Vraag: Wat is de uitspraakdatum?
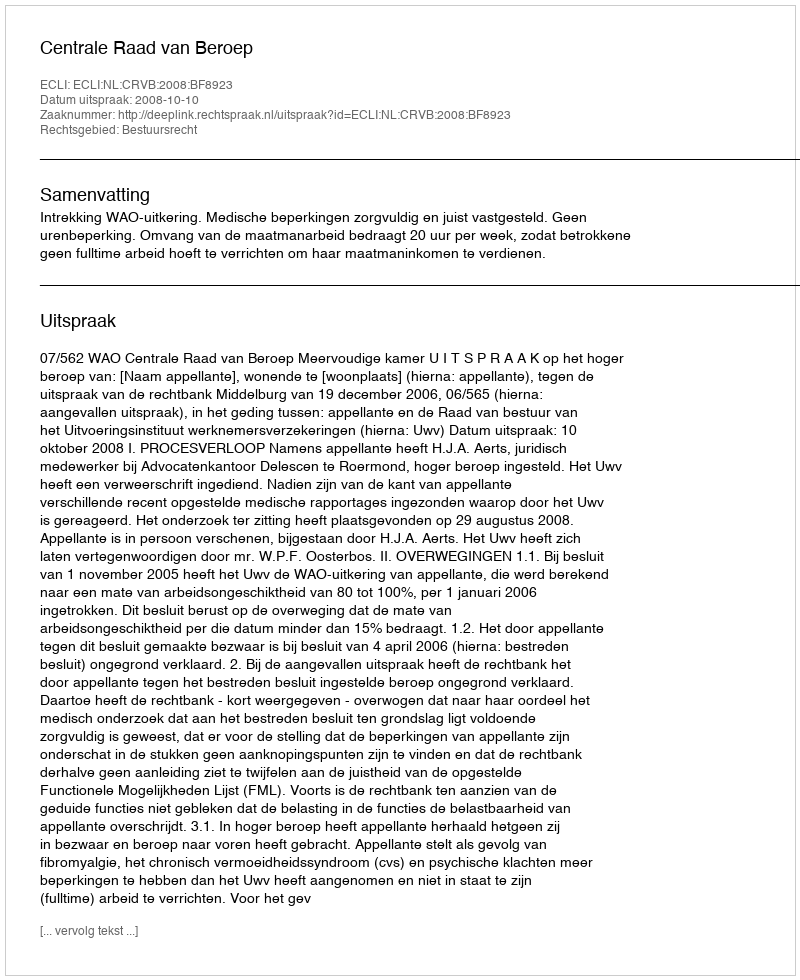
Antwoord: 2008-10-10